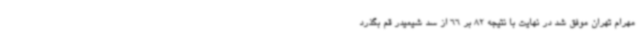
مهرام تهران موفق شد در نهایت با نتیجه 82 بر 66 از سد شیمیدر قم بگذرد